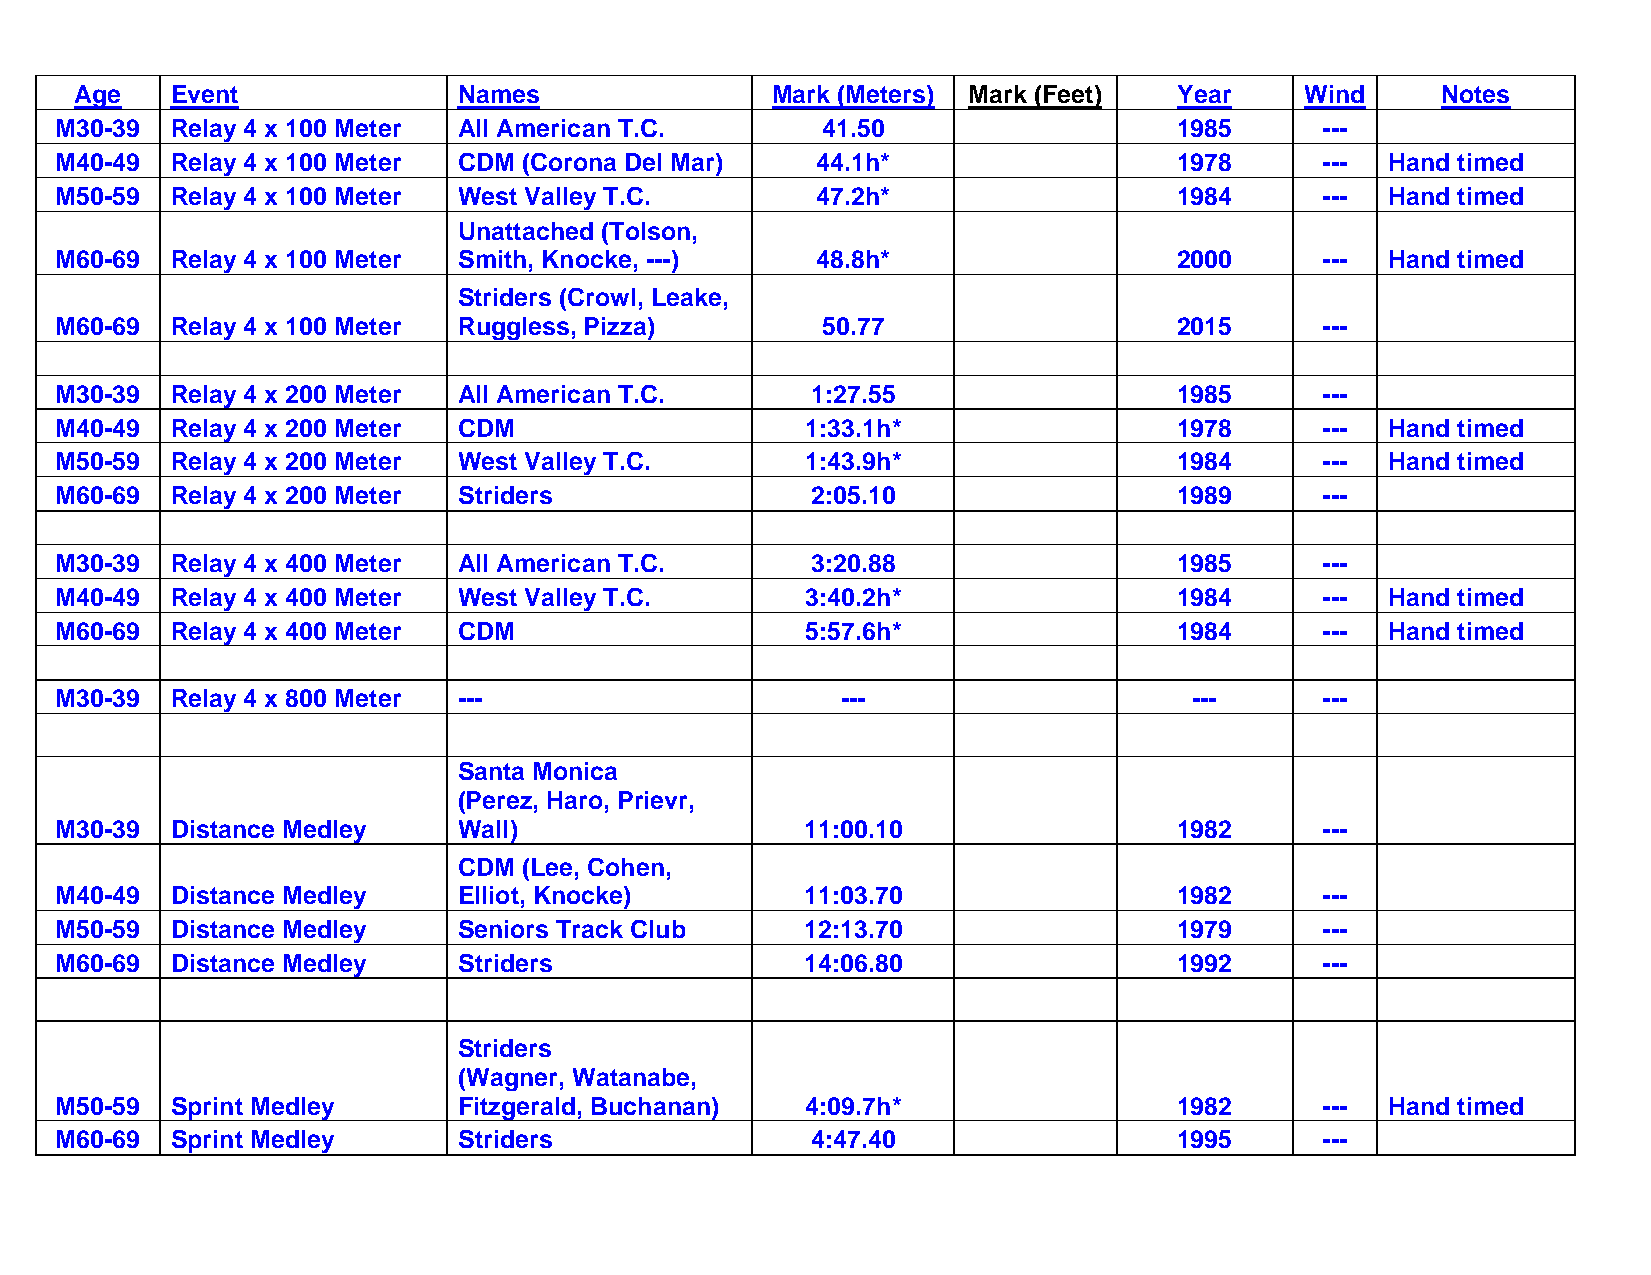
Age   Event              Names                Mark (Meters) Mark (Feet)  Year    Wind     Notes
 M30-39 Relay 4 x 100 Meter All American T.C.      41.50                   1985     ---
 M40-49 Relay 4 x 100 Meter CDM (Corona Del Mar)   44.1h*                  1978     ---  Hand tim ed
 M50-59 Relay 4 x 100 Meter West Valley T.C.       47.2h*                  1984     ---  Hand timed
 Unattached (Tolson,
 M60-69 Relay 4 x 100 Meter Smith, Knocke, ---)    48.8h*                  2000     ---  Hand timed
 Striders (Crowl, Leake,
 M60-69 Relay 4 x 100 Meter Ruggless, Pizza)       50.77                   2015     ---
 M30-39 Relay 4 x 200 Meter All American T.C.      1:27.55                 1985     ---
 M40-49 Relay 4 x 200 Meter CDM                   1:33.1h*                 1978     ---  Hand timed
 M50-59 Relay 4 x 200 Meter West Valley T.C.      1:43.9h*                 1984     ---  Hand timed
 M60-69 Relay 4 x 200 Meter Striders               2:05.10                 1989     ---
 M30-39 Relay 4 x 400 Meter All American T.C.      3:20.88                 1985     ---
 M40-49 Relay 4 x 400 Meter West Valley T.C.      3:40.2h*                 1984     ---  Hand timed
 M60-69 Relay 4 x 400 Meter CDM                   5:57.6h*                 1984     ---  Hand timed
 M30-39 Relay 4 x 800 Meter ---                      ---                    ---     ---
 Santa Monica
 (Perez, Haro, Prievr,
 M30-39 Distance Medley    Wall)                  11:00.10                 1982     ---
 CDM  (Lee, Cohen,
 M40-49 Distance Medley    Elliot, Knocke)        11:03.70                 1982     ---
 M50-59 Distance Medley    Seniors Track Club     12:13.70                 1979     ---
 M60-69 Distance Medley    Striders               14:06.80                 1992     ---
 Striders
 (Wagner, Watanabe,
 M50-59 Sprint Medley      Fitzgerald, Buchanan)  4:09.7h*                 1982     ---  Hand timed
 M60-69 Sprint Medley      Striders                4:47.40                 1995     ---